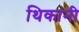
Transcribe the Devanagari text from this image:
थिकानी